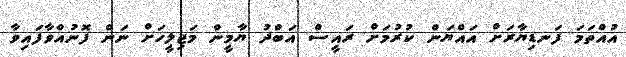
އުއްތަމަ ފަނޑިޔާރަށް އައްޔަން ކުރުމަށް ރައީސް އަބްދު ޔާމީން މަޖިލީހަށް ނަން ފޮނުއްވާފައިވާ